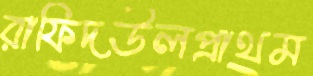
রাফিদউলপ্রাথম